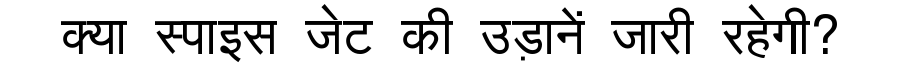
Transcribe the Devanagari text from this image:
क्या स्पाइस जेट की उड़ानें जारी रहेगी?